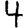
Digit: 4